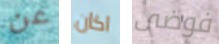
عن اكان فوضى